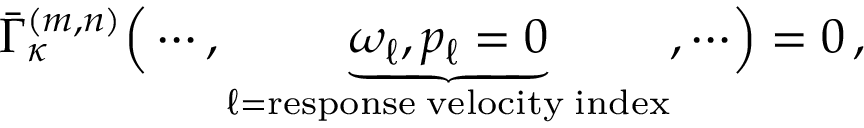
\bar { \Gamma } _ { \kappa } ^ { ( m , n ) } \Bigr ( \cdots , \underbrace { \omega _ { \ell } , p _ { \ell } = 0 } _ { \ell = \mathrm { r e s p o n s e \; v e l o c i t y \; i n d e x } } , \cdots \Bigr ) = 0 \, ,